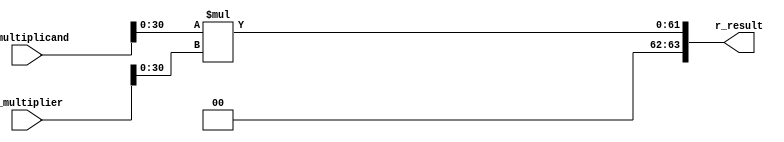
module qmult #(
	//Parameterized values
	parameter Q = 15,
	parameter N = 32
	)
	(
	 input			[N-1:0]	i_multiplicand,
	 input			[N-1:0]	i_multiplier,
	 output			[2*N-1:0]	r_result
	 //output	reg				ovr
	 );
	 
	 //	The underlying assumption, here, is that both fixed-point values are of the same length (N,Q)
	 //		Because of this, the results will be of length N+N = 2N bits....
	 //		This also simplifies the hand-back of results, as the binimal point 
	 //		will always be in the same location...
	
	reg [2*N-1:0]	r_result;		//	Multiplication by 2 values of N bits requires a 
											//		register that is N+N = 2N deep...
	//reg [N-1:0]		r_RetVal;
	
//--------------------------------------------------------------------------------
//	assign o_result = r_RetVal;	//	Only handing back the same number of bits as we received...
											//		with fixed point in same location...
	
//---------------------------------------------------------------------------------
	always @(i_multiplicand, i_multiplier)	begin						//	Do the multiply any time the inputs change
		r_result <= i_multiplicand[N-2:0] * i_multiplier[N-2:0];	//	Removing the sign bits from the multiply - that 
																					//		would introduce *big* errors	
	//	ovr <= 1'b0;															//	reset overflow flag to zero
		end
	
		//	This always block will throw a warning, as it uses a & b, but only acts on changes in result...
//	always @(r_result) begin													//	Any time the result changes, we need to recompute the sign bit,
//		r_RetVal[N-1] <= i_multiplicand[N-1] ^ i_multiplier[N-1];	//		which is the XOR of the input sign bits...  (you do the truth table...)
//		r_RetVal[N-2:0] <= r_result[N-2+Q:Q];								//	And we also need to push the proper N bits of result up to 
//																						//		the calling entity...
//		if (r_result[2*N-2:N-1+Q] > 0)										// And finally, we need to check for an overflow
//			ovr <= 1'b1;
//		end

endmodule